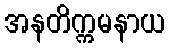
အနတိက္ကမနာယ